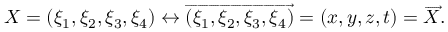
X = ( \xi _ { 1 } , \xi _ { 2 } , \xi _ { 3 } , \xi _ { 4 } ) \leftrightarrow { \overrightarrow { ( \xi _ { 1 } , \xi _ { 2 } , \xi _ { 3 } , \xi _ { 4 } ) } } = ( x , y , z , t ) = { \overrightarrow { X } } .